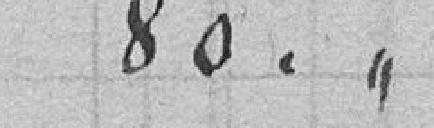
80.